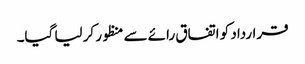
قرارداد کو اتفاق رائے سے منظور کر لیا گیا۔